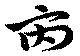
府